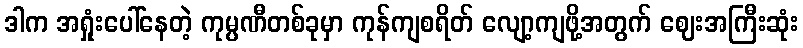
ဒါက အရှုံးပေါ်နေတဲ့ ကုမ္ပဏီတစ်ခုမှာ ကုန်ကျစရိတ် လျော့ကျဖို့အတွက် ဈေးအကြီးဆုံး